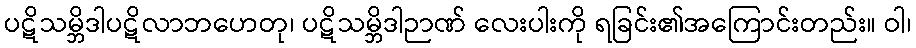
ပဋိသမ္ဘိဒါပဋိလာဘဟေတု၊ ပဋိသမ္ဘိဒါဉာဏ် လေးပါးကို ရခြင်း၏အကြောင်းတည်း။ ဝါ၊